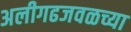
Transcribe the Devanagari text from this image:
अलीगढजवळच्या